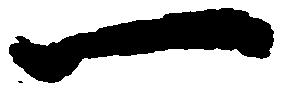
一